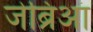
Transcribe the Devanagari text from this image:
जेब्रिआं